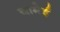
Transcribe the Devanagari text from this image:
यामेई